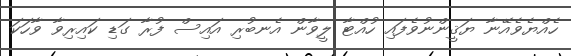
ހެއްޔެވެއޭނާ ޔަޤީންނުވެފައި ހުއްޓާ ލީވާން އެނބުރި އައިސް ފުރާ ގަޑި ކައިރިވާ ވާހަކަ